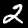
Label: 2